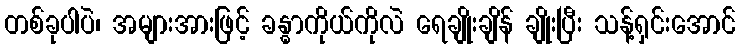
တစ်ခုပါပဲ၊ အများအားဖြင့် ခန္ဓာကိုယ်ကိုလဲ ရေချိုးချိန် ချိုးပြီး သန့်ရှင်းအောင်